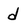
Character: d